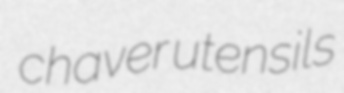
chaver utensils